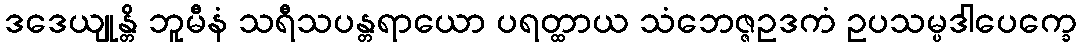
ဒဒေယျုန္တိ ဘူမီနံ သရီသပန္တရာယော ပရတ္ထာယ သံဘေဇ္ဇဥဒကံ ဥပသမ္ပဒါပေက္ခေ